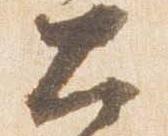
大